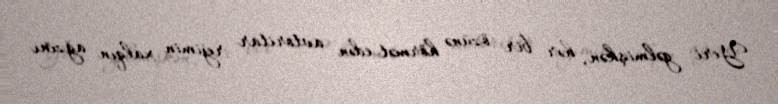
Yeri gəlmişkən, hər bir özünə hörmət edən avtoritar rejimin xalqın ağzını